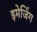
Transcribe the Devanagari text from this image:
इमेजिंग